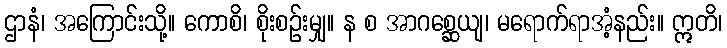
ဌာနံ၊ အကြောင်းသို့။ ကောစိ၊ စိုးစဉ်းမျှ။ န စ အာဂစ္ဆေယျ၊ မရောက်ရာအံ့နည်း။ ဣတိ၊